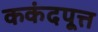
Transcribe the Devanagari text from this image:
ककंदपूत्त